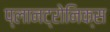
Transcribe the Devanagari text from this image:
प्लानट्रोनिक्स